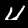
Digit: 4